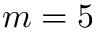
m = 5